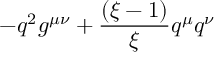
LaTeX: - q ^ { 2 } g ^ { \mu \nu } + \frac { ( \xi - 1 ) } { \xi } q ^ { \mu } q ^ { \nu }